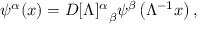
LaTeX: \psi ^ { \alpha } ( x ) = D { [ \Lambda ] ^ { \alpha } } _ { \beta } \psi ^ { \beta } \left( \Lambda ^ { - 1 } x \right) ,